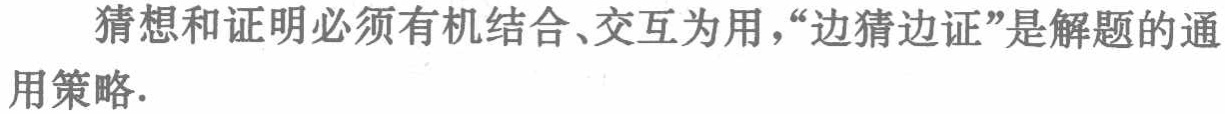
猜想和证明必须有机结合、交互为用，“边猜边证”是解题的通用策略.